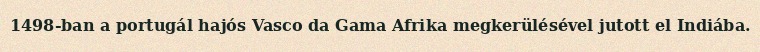
1498-ban a portugál hajós Vasco da Gama Afrika megkerülésével jutott el Indiába.